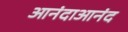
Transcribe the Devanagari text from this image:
आनंदाआनंद